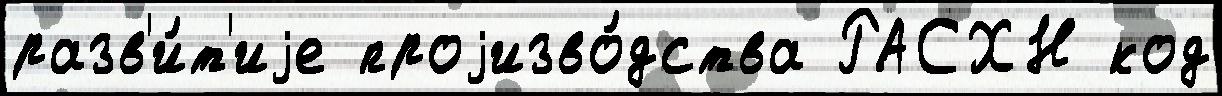
разв'и́т'иjе проjизво́дства РАСХН код